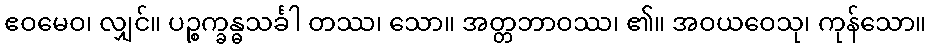
ဧဝမေဝ၊ လျှင်။ ပဉ္စက္ခန္ဓသင်္ခါ တဿ၊ သော။ အတ္တဘာဝဿ၊ ၏။ အဝယဝေသု၊ ကုန်သော။